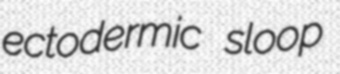
ectodermic sloop